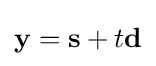
\mathbf {y} =\mathbf {s} +t\mathbf {d}